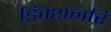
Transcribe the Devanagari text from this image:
डिक्शनरि